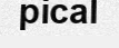
pical